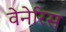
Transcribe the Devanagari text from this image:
वेनेरिस